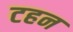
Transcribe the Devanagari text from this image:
टहन